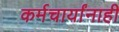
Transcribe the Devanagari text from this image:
कर्मचार्यांनाही